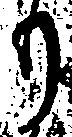
り